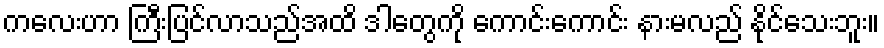
ကလေးဟာ ကြီးပြင်လာသည်အထိ ဒါတွေကို ကောင်းကောင်း နားမလည် နိုင်သေးဘူး။